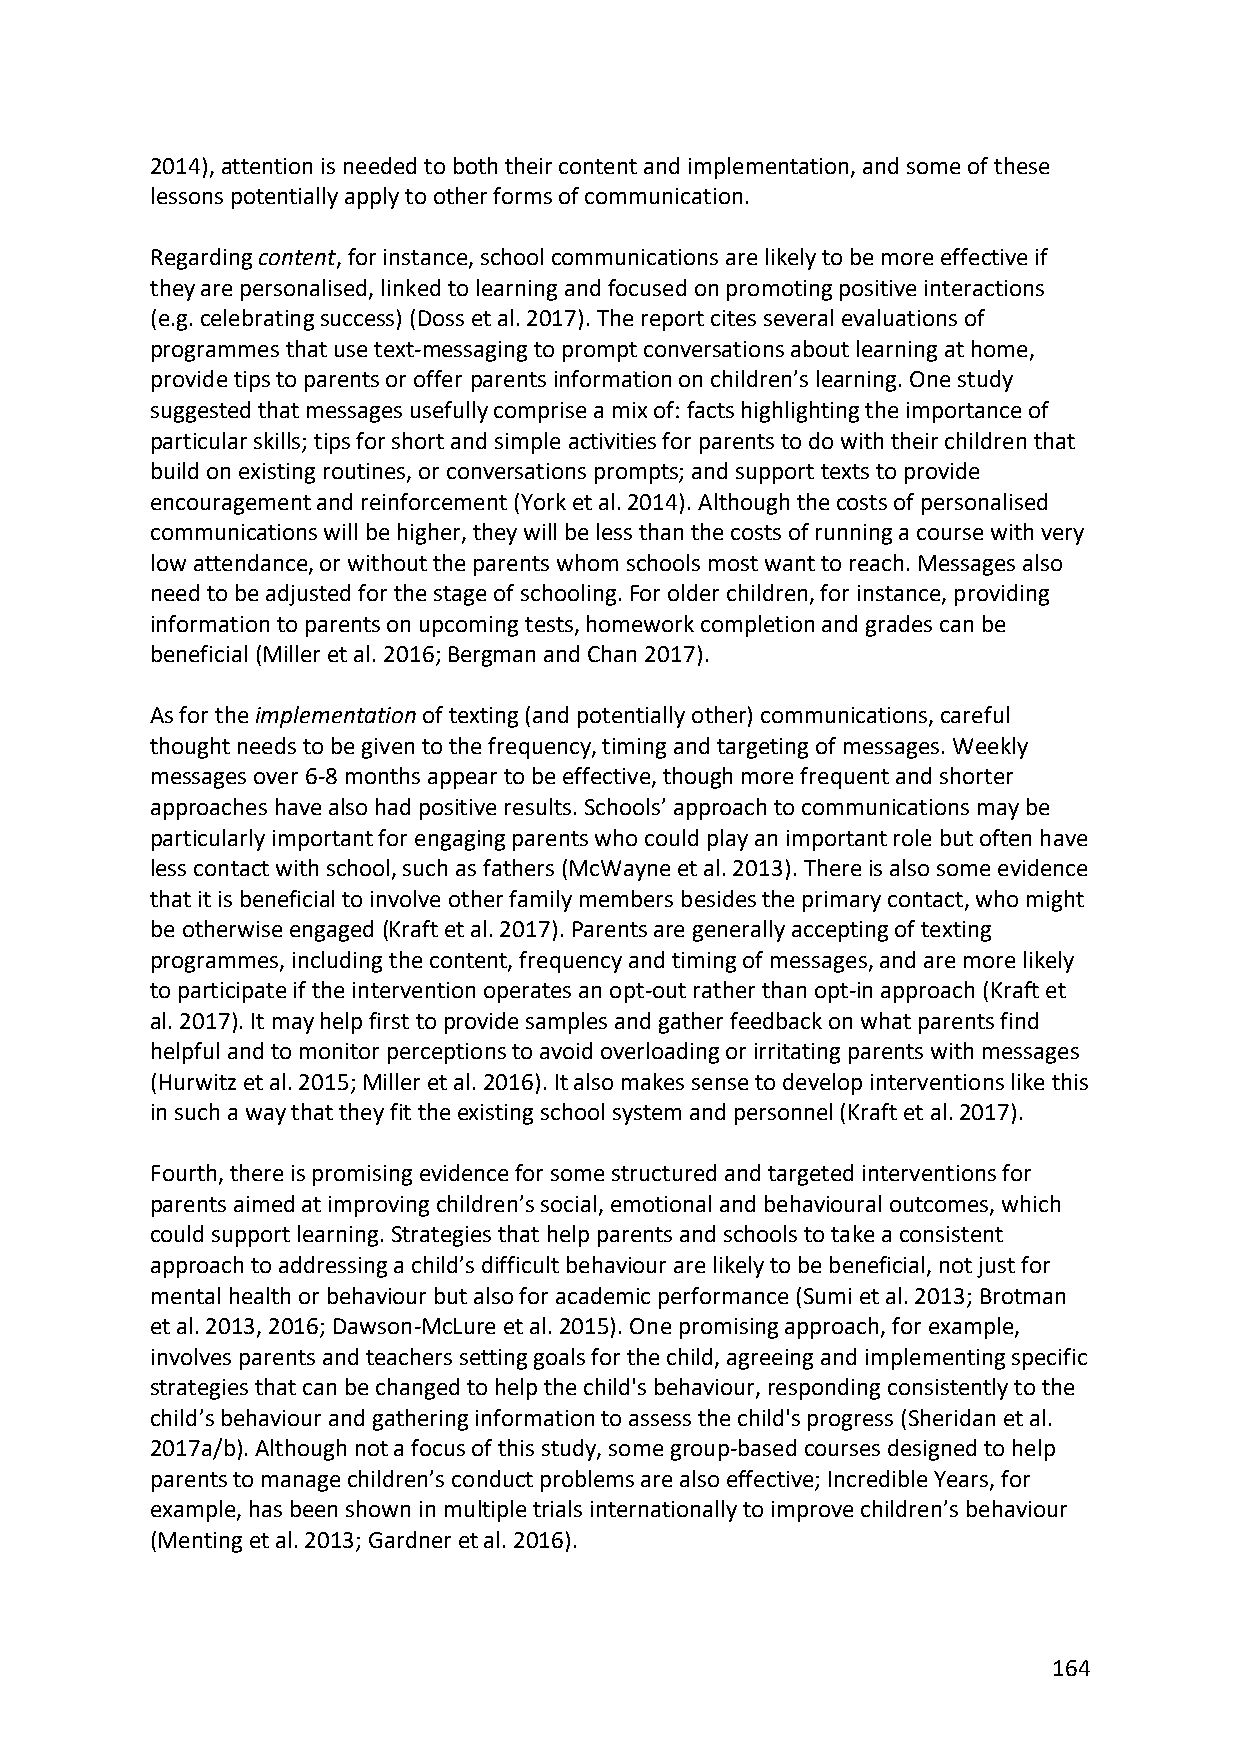
2014), attention is needed to both their content and implementation, and some of these
 lessons potentially apply to other forms of communication.
 Regarding content, for instance, school communications are likely to be more effective if
 they are personalised, linked to learning and focused on promoting positive interactions
 (e.g. celebrating success) (Doss et al. 2017). The report cites several evaluations of
 programmes that use text-messaging to prompt conversations about learning at home,
 provide tips to parents or offer parents information on children’s learning. One study
 suggested that messages usefully comprise a mix of: facts highlighting the importance of
 particular skills; tips for short and simple activities for parents to do with their children that
 build on existing routines, or conversations prompts; and support texts to provide
 encouragement and reinforcement (York et al. 2014). Although the costs of personalised
 communications will be higher, they will be less than the costs of running a course with very
 low attendance, or without the parents whom schools most want to reach. Messages also
 need to be adjusted for the stage of schooling. For older children, for instance, providing
 information to parents on upcoming tests, homework completion and grades can be
 beneficial (Miller et al. 2016; Bergman and Chan 2017).
 As for the implementation of texting (and potentially other) communications, careful
 thought needs to be given to the frequency, timing and targeting of messages. Weekly
 messages over 6-8 months appear to be effective, though more frequent and shorter
 approaches have also had positive results. Schools’ approach to communications may be
 particularly important for engaging parents who could play an important role but often have
 less contact with school, such as fathers (McWayne et al. 2013). There is also some evidence
 that it is beneficial to involve other family members besides the primary contact, who might
 be otherwise engaged (Kraft et al. 2017). Parents are generally accepting of texting
 programmes, including the content, frequency and timing of messages, and are more likely
 to participate if the intervention operates an opt-out rather than opt-in approach (Kraft et
 al. 2017). It may help first to provide samples and gather feedback on what parents find
 helpful and to monitor perceptions to avoid overloading or irritating parents with messages
 (Hurwitz et al. 2015; Miller et al. 2016). It also makes sense to develop interventions like this
 in such a way that they fit the existing school system and personnel (Kraft et al. 2017).
 Fourth, there is promising evidence for some structured and targeted interventions for
 parents aimed at improving children’s social, emotional and behavioural outcomes, which
 could support learning. Strategies that help parents and schools to take a consistent
 approach to addressing a child’s difficult behaviour are likely to be beneficial, not just for
 mental health or behaviour but also for academic performance (Sumi et al. 2013; Brotman
 et al. 2013, 2016; Dawson-McLure et al. 2015). One promising approach, for example,
 involves parents and teachers setting goals for the child, agreeing and implementing specific
 strategies that can be changed to help the child's behaviour, responding consistently to the
 child’s behaviour and gathering information to assess the child's progress (Sheridan et al.
 2017a/b). Although not a focus of this study, some group-based courses designed to help
 parents to manage children’s conduct problems are also effective; Incredible Years, for
 example, has been shown in multiple trials internationally to improve children’s behaviour
 (Menting et al. 2013; Gardner et al. 2016).
 164